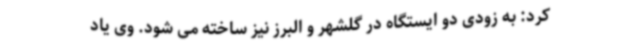
کرد: به زودی دو ایستگاه در گلشهر و البرز نیز ساخته می شود. وی یاد